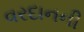
વરદાનની